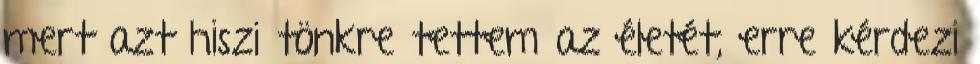
mert azt hiszi tönkre tettem az életét, erre kérdezi